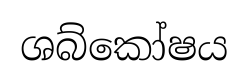
ශබ්කෝෂය